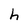
Character: h